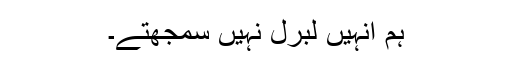
ہم انہیں لبرل نہیں سمجھتے۔